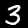
Label: 3